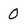
Character: 0